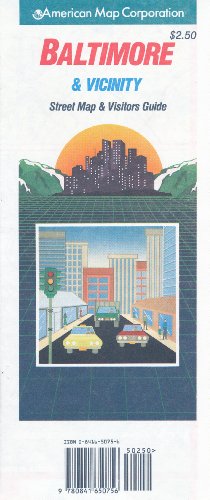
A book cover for Baltimore and Vicinity: City Map : Travel Vision (Travelvision City Maps); American Map Corporation; Travel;